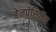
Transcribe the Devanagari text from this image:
बेनपेरिडॉल